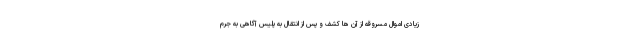
زیادی اموال مسروقه از آن ها کشف و پس از انتقال به پلیس آگاهی به جرم